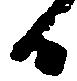
日